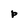
Character: P